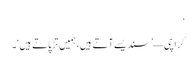
‘
کراچی — ’سندیسے آتے ہیں، ہمیں تڑپاتے ہیں‘۔